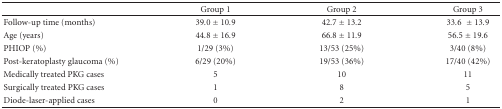
|  | Group 1 | Group 2 | Group 3 |
 | --- | --- | --- | --- |
 | Follow-up time (months) | 39.0 ± 10.9 | 42.7 ± 13.2 | 33.6 ± 13.9 |
 | Age (years) | 44.8 ± 16.9 | 66.8 ± 11.9 | 56.5 ± 19.6 |
 | PHIOP (%) | 1/29 (3%) | 13/53 (25%) | 3/40 (8%) |
 | Post-keratoplasty glaucoma (%) | 6/29 (20%) | 19/53 (36%) | 17/40 (42%) |
 | Medically treated PKG cases | 5 | 10 | 11 |
 | Surgically treated PKG cases | 1 | 8 | 5 |
 | Diode-laser-applied cases | 0 | 2 | 1 |